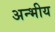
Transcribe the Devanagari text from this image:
अन्भीय